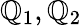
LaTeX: \mathbb{Q}_{1},\mathbb{Q}_{2}